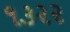
૧૩૨૨